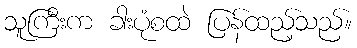
သူကြီးက ခါးပုံစထဲ ပြန်ထည့်သည်။